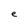
Character: e